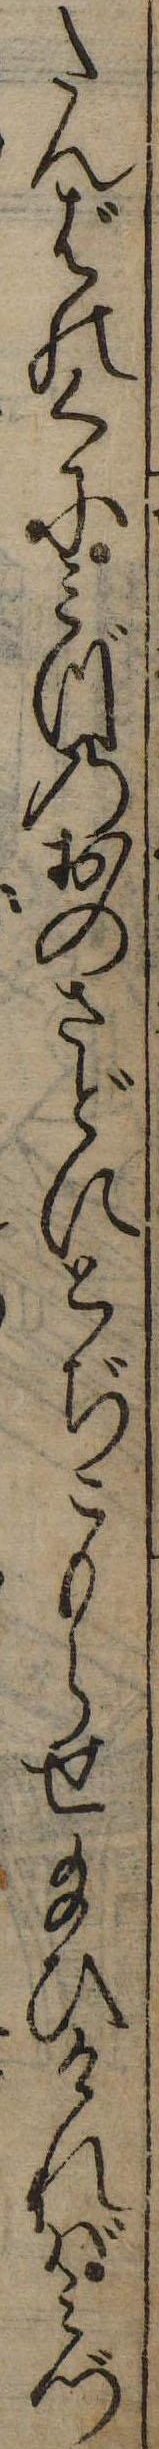
たんばのくにみづのおのさどにとぢこもらせ給ひければみづ